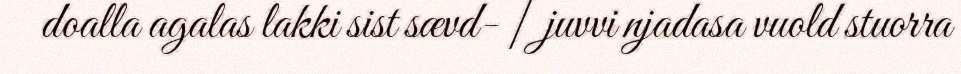
doalla agalas lakki sist sævd- | juvvi njadasa vuold stuorra